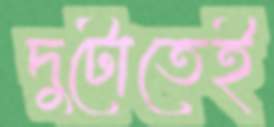
দুটোতেই